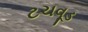
ટચવૂડ